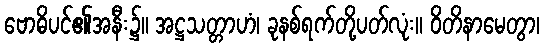
ဗောဓိပင်၏အနီး၌။ အဋ္ဌသတ္တာဟံ၊ ခုနစ်ရက်တို့ပတ်လုံး။ ဝိတိနာမေတွာ၊